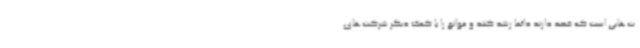
ت‌هایی است که قصد دارند دائما رشد کنند و موانع را با کمک دیگر شرکت‌های